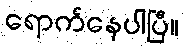
ရောက်နေပါပြီ။